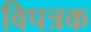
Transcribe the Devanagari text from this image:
विपत्रक